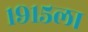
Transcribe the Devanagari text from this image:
१९१५ला